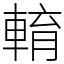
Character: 𨌯